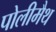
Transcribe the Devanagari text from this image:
पोलीमैथ